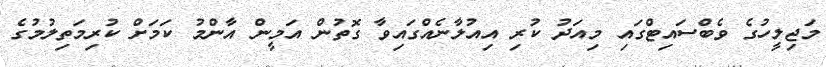
މަޖިލީހުގެ ވެބްސައިޓްގައި މިއަދު ކުރި އިއުލާނެއްގައިވާ ގޮތުން އަމީން އާންމު ކަމަށް ކުރިމަތިލުމުގެ